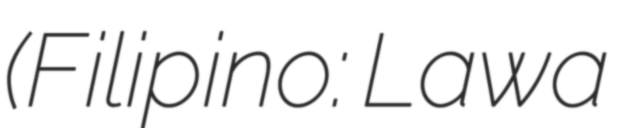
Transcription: (Filipino: Lawa